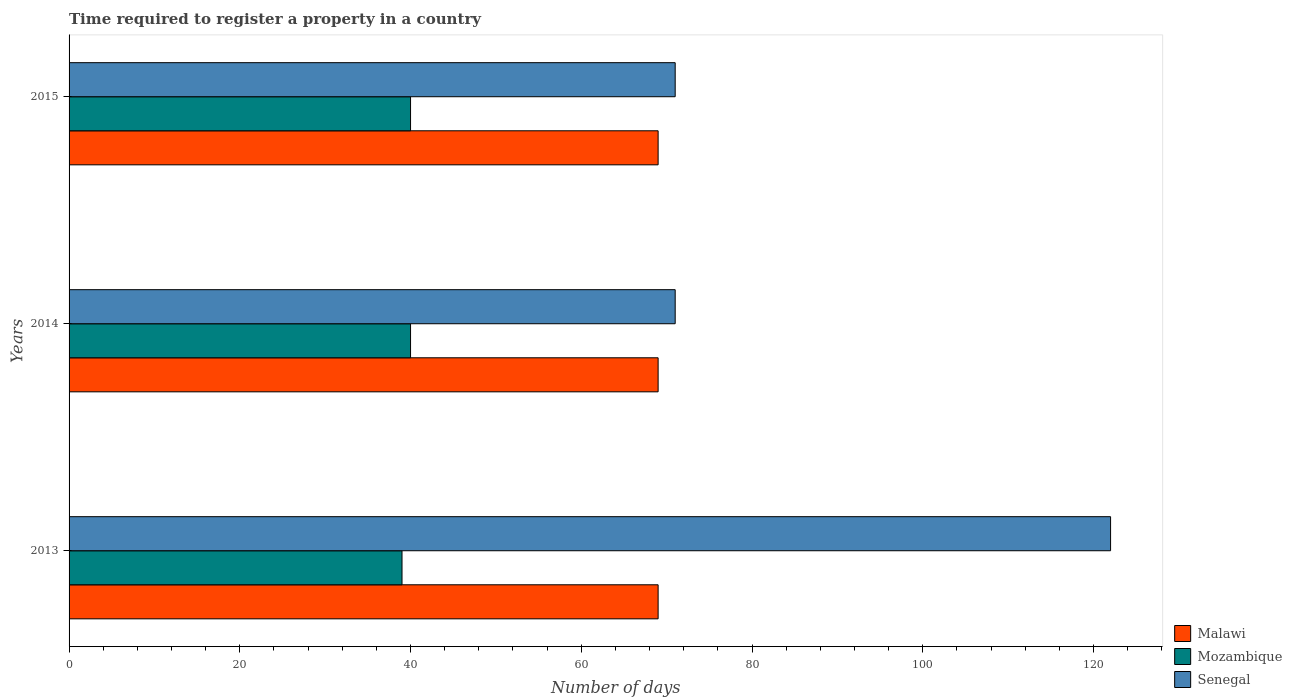
| Years | Malawi | Mozambique | Senegal |
 | --- | --- | --- | --- |
 | 2013 | 69 | 39 | 122 |
 | 2014 | 69 | 40 | 71 |
 | 2015 | 69 | 40 | 71 |